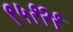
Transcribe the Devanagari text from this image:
९५१२१